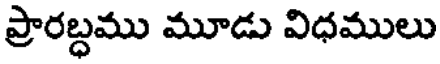
ప్రారబ్ధము మూడు విధములు